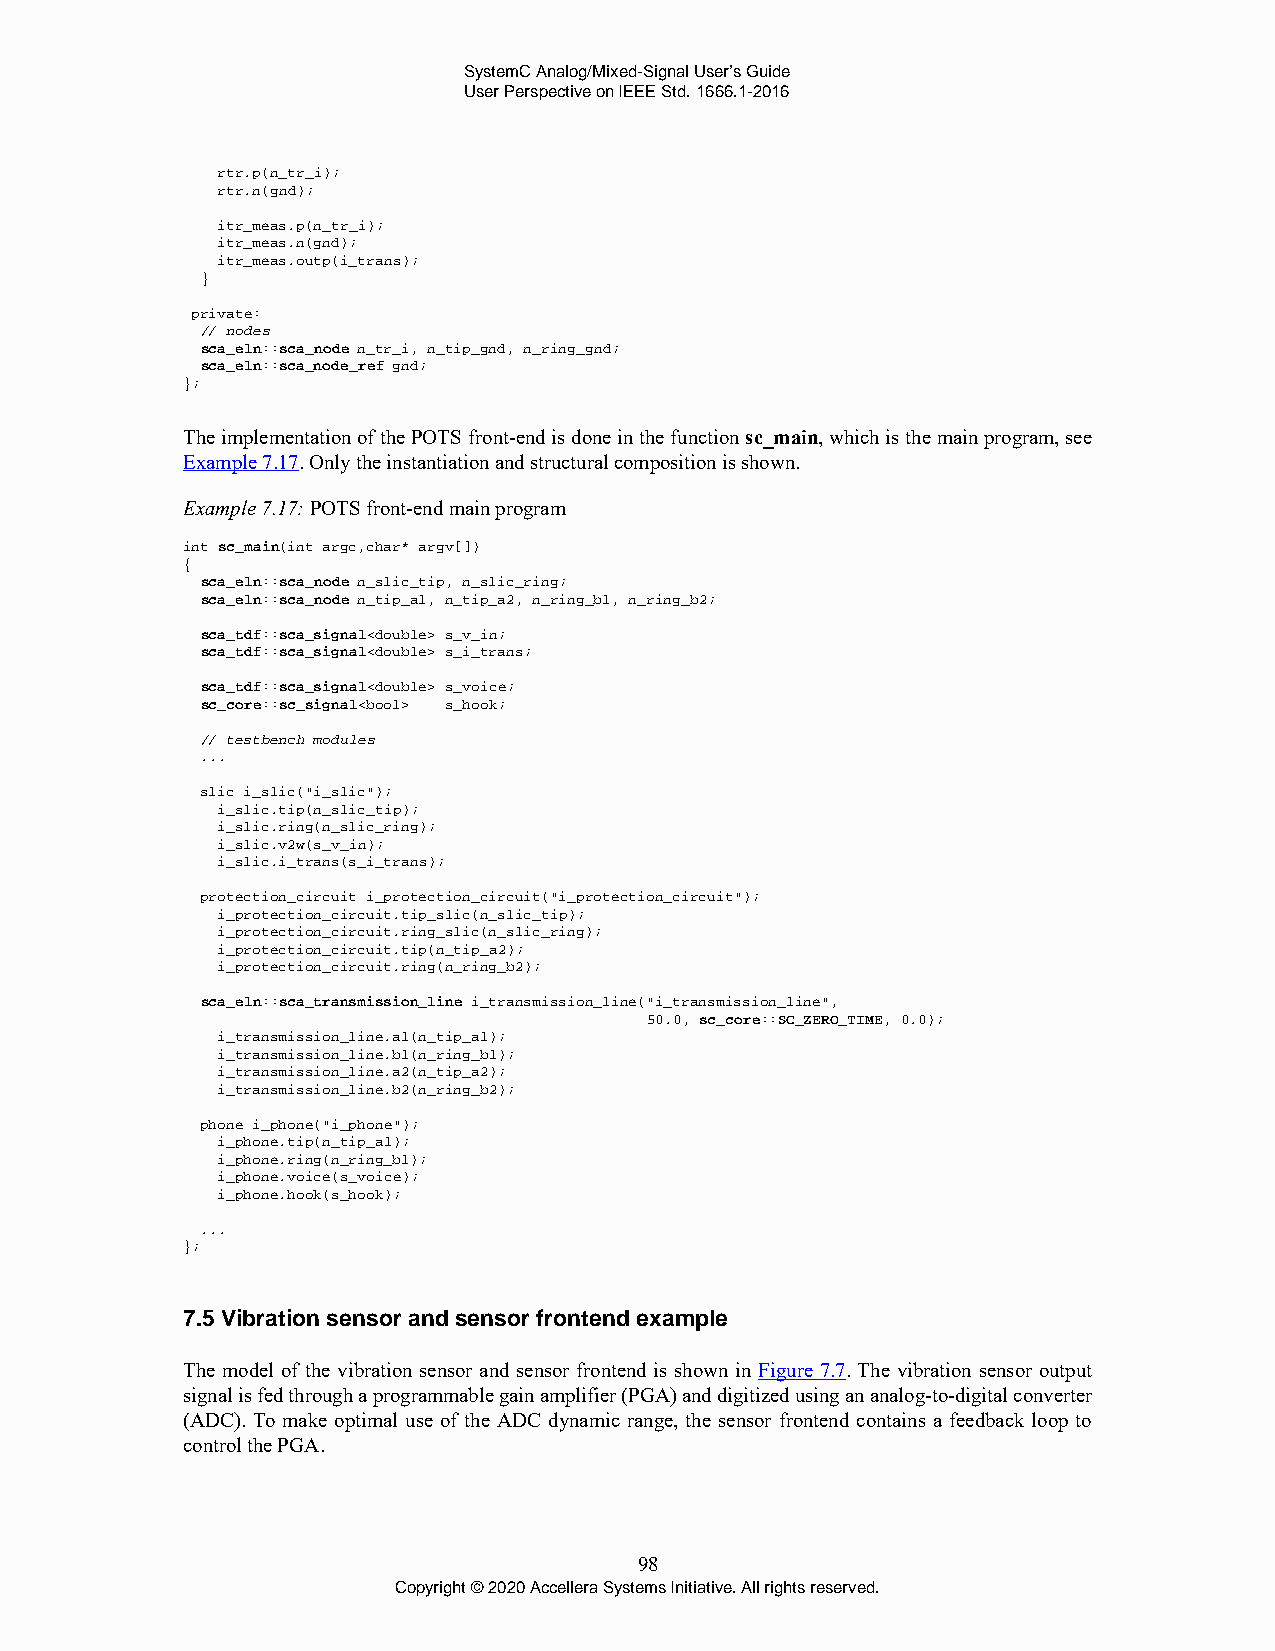
SystemC Analog/Mixed-Signal User’s Guide
 User Perspective on IEEE Std. 1666.1-2016
 rtr.p(n_tr_i);
 rtr.n(gnd);
 itr_meas.p(n_tr_i);
 itr_meas.n(gnd);
 itr_meas.outp(i_trans);
 }
 private:
 // nodes
 sca_eln::sca_node n_tr_i, n_tip_gnd, n_ring_gnd;
 sca_eln::sca_node_ref gnd;
 };
 The implementation of the POTS front-end is done in the function sc_main, which is the main program, see
 Example 7.17. Only the instantiation and structural composition is shown.
 Example 7.17: POTS front-end main program
 int sc_main(int argc,char* argv[])
 {
 sca_eln::sca_node n_slic_tip, n_slic_ring;
 sca_eln::sca_node n_tip_a1, n_tip_a2, n_ring_b1, n_ring_b2;
 sca_tdf::sca_signal<double> s_v_in;
 sca_tdf::sca_signal<double> s_i_trans;
 sca_tdf::sca_signal<double> s_voice;
 sc_core::sc_signal<bool> s_hook;
 // testbench modules
 ...
 slic i_slic("i_slic");
 i_slic.tip(n_slic_tip);
 i_slic.ring(n_slic_ring);
 i_slic.v2w(s_v_in);
 i_slic.i_trans(s_i_trans);
 protection_circuit i_protection_circuit("i_protection_circuit");
 i_protection_circuit.tip_slic(n_slic_tip);
 i_protection_circuit.ring_slic(n_slic_ring);
 i_protection_circuit.tip(n_tip_a2);
 i_protection_circuit.ring(n_ring_b2);
 sca_eln::sca_transmission_line i_transmission_line("i_transmission_line",
 50.0, sc_core::SC_ZERO_TIME, 0.0);
 i_transmission_line.a1(n_tip_a1);
 i_transmission_line.b1(n_ring_b1);
 i_transmission_line.a2(n_tip_a2);
 i_transmission_line.b2(n_ring_b2);
 phone i_phone("i_phone");
 i_phone.tip(n_tip_a1);
 i_phone.ring(n_ring_b1);
 i_phone.voice(s_voice);
 i_phone.hook(s_hook);
 ...
 };
 7.5 Vibration sensor and sensor frontend example
 The model of the vibration sensor and sensor frontend is shown in Figure 7.7. The vibration sensor output
 signal is fed through a programmable gain amplifier (PGA) and digitized using an analog-to-digital converter
 (ADC). To make optimal use of the ADC dynamic range, the sensor frontend contains a feedback loop to
 control the PGA.
 98
 Copyright © 2020 Accellera Systems Initiative. All rights reserved.